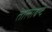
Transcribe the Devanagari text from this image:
तालाबन्द